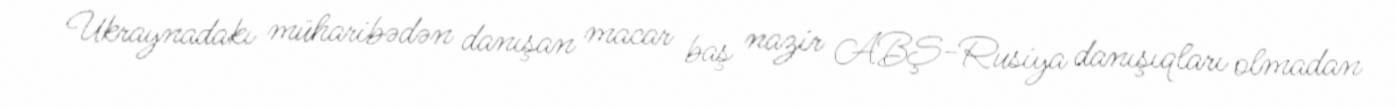
Ukraynadakı müharibədən danışan macar baş nazir ABŞ-Rusiya danışıqları olmadan